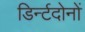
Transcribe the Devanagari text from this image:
डिर्न्टदोनों